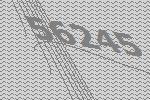
56245